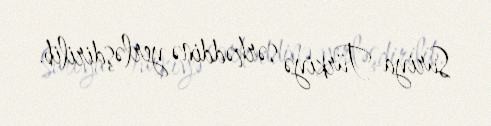
Suriya-Türkiyə sərhəddinə yerləşdirilib.